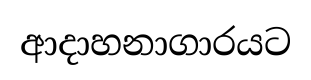
ආදාහනාගාරයට